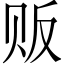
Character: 贩